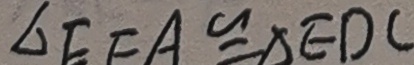
\Delta E F A \cong \Delta E D C